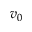
v _ { 0 }